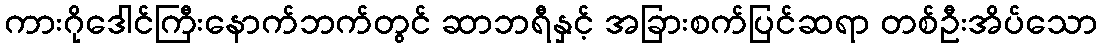
ကားဂိုဒေါင်ကြီးနောက်ဘက်တွင် ဆာဘရီနှင့် အခြားစက်ပြင်ဆရာ တစ်ဦးအိပ်သော